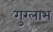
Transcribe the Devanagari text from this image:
गुरलाभ